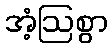
အံ့ဩစွာ